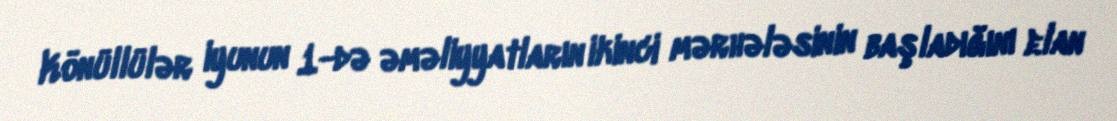
Könüllülər iyunun 1-də əməliyyatların ikinci mərhələsinin başladığını elan